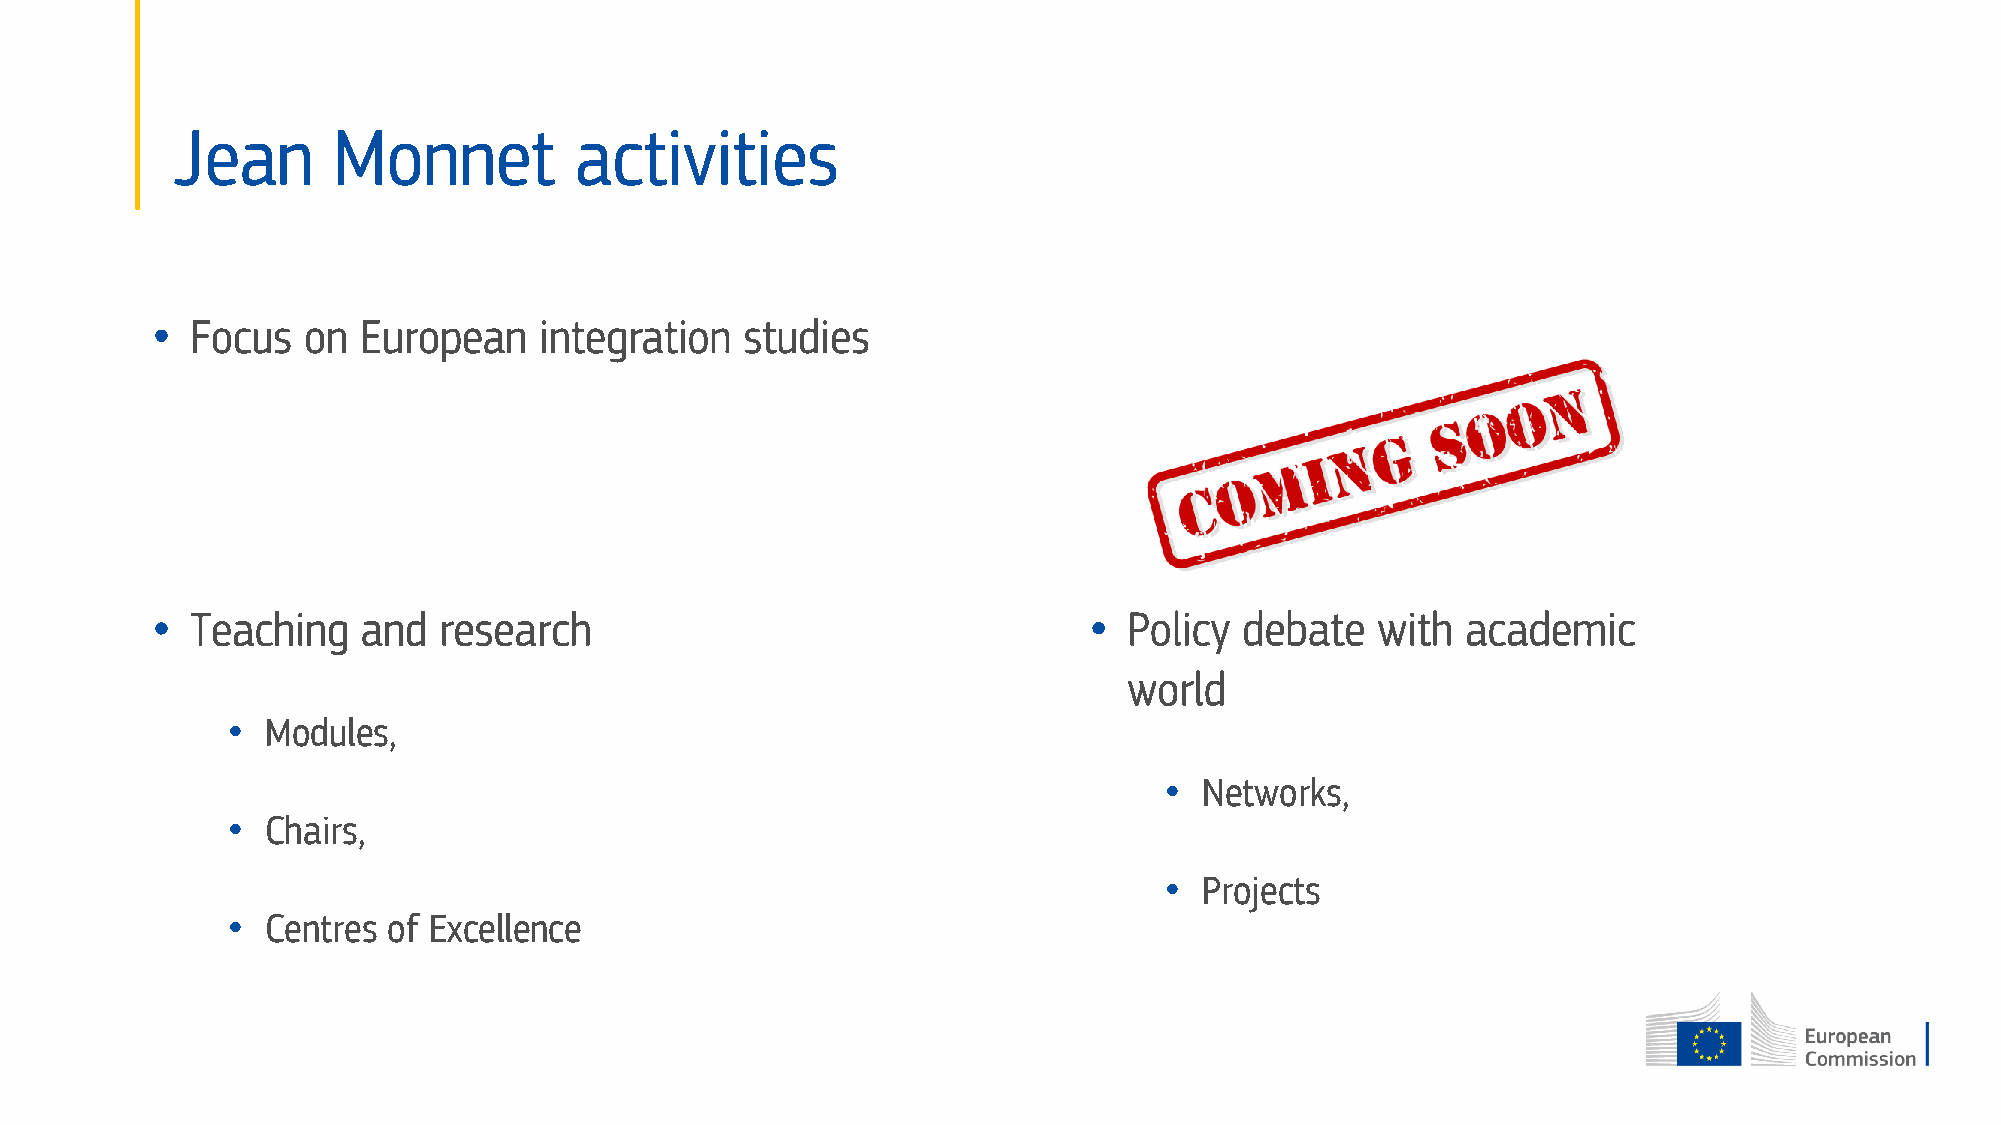
Jean      Monnet          activities
 •  Focus  on  European    integration  studies
 •  Teaching   and  research                                   •  Policy debate   with  academic
 world
 •  Modules,
 •  Networks,
 •  Chairs,
 •  Projects
 •  Centres of Excellence